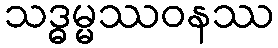
သဒ္ဓမ္မဿဝနဿ